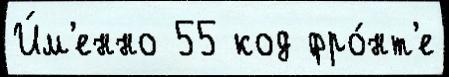
И́м'енно 55 код фро́нт'е